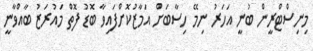
މިނިސްޓްރީން ބުނީ އަހަރު ނިމޭ ހިސާބަށް އަމާޒުކޮށްފައިވާ ބޮޑު ފޮތް މައުރަޒު ބާއްވާނީ